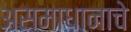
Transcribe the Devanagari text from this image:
असमाधानाचे